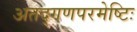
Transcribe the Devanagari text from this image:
अतद्गणपरमेष्टिः